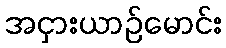
အငှားယာဉ်မောင်း